system: You are a helpful assistant.
user:
Analyze the provided spectrum to determine if it is a **White Dwarf (WD)**.

A White Dwarf spectrum is defined by its **extreme purity** (due to gravitational settling) and/or **extreme pressure broadening** (due to high surface gravity). You must check for one of the following mutually exclusive signatures:

- **Key Visual Indicators (Check for ONE of these types):**

    - **1. DA-Type Signature (Most Common):**
        - **(Primary Feature):** Extreme pressure broadening (Stark broadening) of the **Hydrogen (H) Balmer lines**.
        - **(Key Lines):** $H\beta$ (approx. $4861$ Å) and $H\gamma$ (approx. $4340$ Å). $H\alpha$ (approx. $6563$ Å) will also be present if the wavelength range covers it.
        - **(Line Profile):** This is the **defining feature**. The lines are **NOT** sharp. They appear as massive, **extremely broad and deep "troughs" or "dips"** in the spectrum, often hundreds of Ångströms wide. The continuum will appear to "scoop" down at these wavelengths.
        - **(Distinction):** Normal A-type or B-type stars have *narrow* and *sharp* Hydrogen lines. A DA White Dwarf's lines are unmistakably "smeared" or "blurry" from pressure.

    - **2. DB-Type Signature:**
        - **(Primary Feature):** Broad absorption lines from **Neutral Helium (He I)**. The spectrum must lack any visible Hydrogen lines.
        - **(Key Lines):** Look for broad absorption near $4471$ Å, $4921$ Å, and $5876$ Å.
        - **(Line Profile):** These lines are also significantly pressure-broadened, appearing much wider than they would in a normal B-type main-sequence star.

    - **3. DC-Type Signature:**
        - **(Primary Feature):** A **featureless continuous spectrum**.
        - **(Line Profile):** The spectrum is a smooth curve with **no significant absorption or emission lines**.
        - **(Key Confirmation):** The continuum is almost always **blue or white**, indicating a hot object. This signature implies the atmosphere is so pure (or so cool) that no spectral lines are visible in the optical range. Its WD identity is confirmed by its extremely low intrinsic brightness (high absolute magnitude).

    - **4. DZ-Type Signature (Metal-Polluted):**
        - **(Primary Feature):** **Isolated, narrow metal absorption lines** on an otherwise featureless (DC-like) continuum.
        - **(Key Lines):** The **Calcium (Ca II) H & K doublet** (approx. **$3934$ Å** and **$3968$ Å**) is the most common and defining feature.
        - **(Line Profile):** These lines are "out of place." They are *not* part of a "forest" of thousands of lines. This signature is evidence of recent *accretion* (pollution) from rocky debris.
        - **(Distinction):** Normal G/K/M stars have a *dense forest* of thousands of metal lines. A DZ has a *clean* continuum with *only a few* strong metal lines.

    - **5. DQ-Type Signature (Carbon-Polluted):**
        - **(Primary Feature):** Absorption bands from **Carbon (C₂ "Swan Bands" or atomic C I)**.
        - **(Key Lines - C₂):** Look for bandheads with a "saw-tooth" shape near $5635$ Å, **$5165$ Å** (strongest), and $4737$ Å.
        - **(Key Confirmation):** The underlying **continuum must be blue or white** (hot).
        - **(Distinction):** This is the critical difference from a **Carbon Star**, which has the *exact same* C₂ bands but on an extremely **red, cool** continuum.

- **(Overall Spectrum):**
    - The continuum (overall shape) is typically **blue-sloping** (brighter in the blue than the red), as most white dwarfs are very hot.
    - The spectrum will look "pure" or "simple," dominated by only *one* of the five signatures listed above.

Think first, call **spectral_visualization_tool** if needed to examine features in detail, then provide your final answer. Your response must adhere to the following strict rules:
1.  **Overall Structure:** Your response must follow the format `<think>...</think> <tool_call>...</tool_call> (if a tool is used) <answer>...</answer>`.
2.  **Tool Usage Constraint:** You may only make **one** tool call per turn.
3.  **Final Answer Format:** In the `<answer>` tag, your conclusion must be inside a `\boxed{}` command (e.g., `\boxed{YES}` or `\boxed{NO}`), followed by your justification.

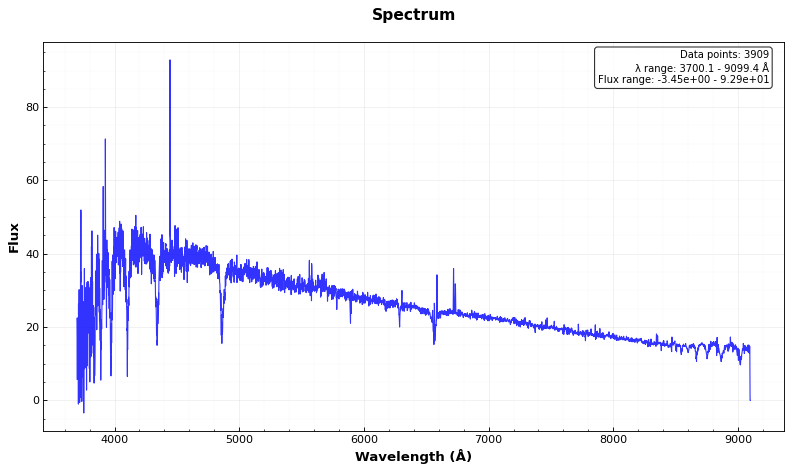
Answer: NO